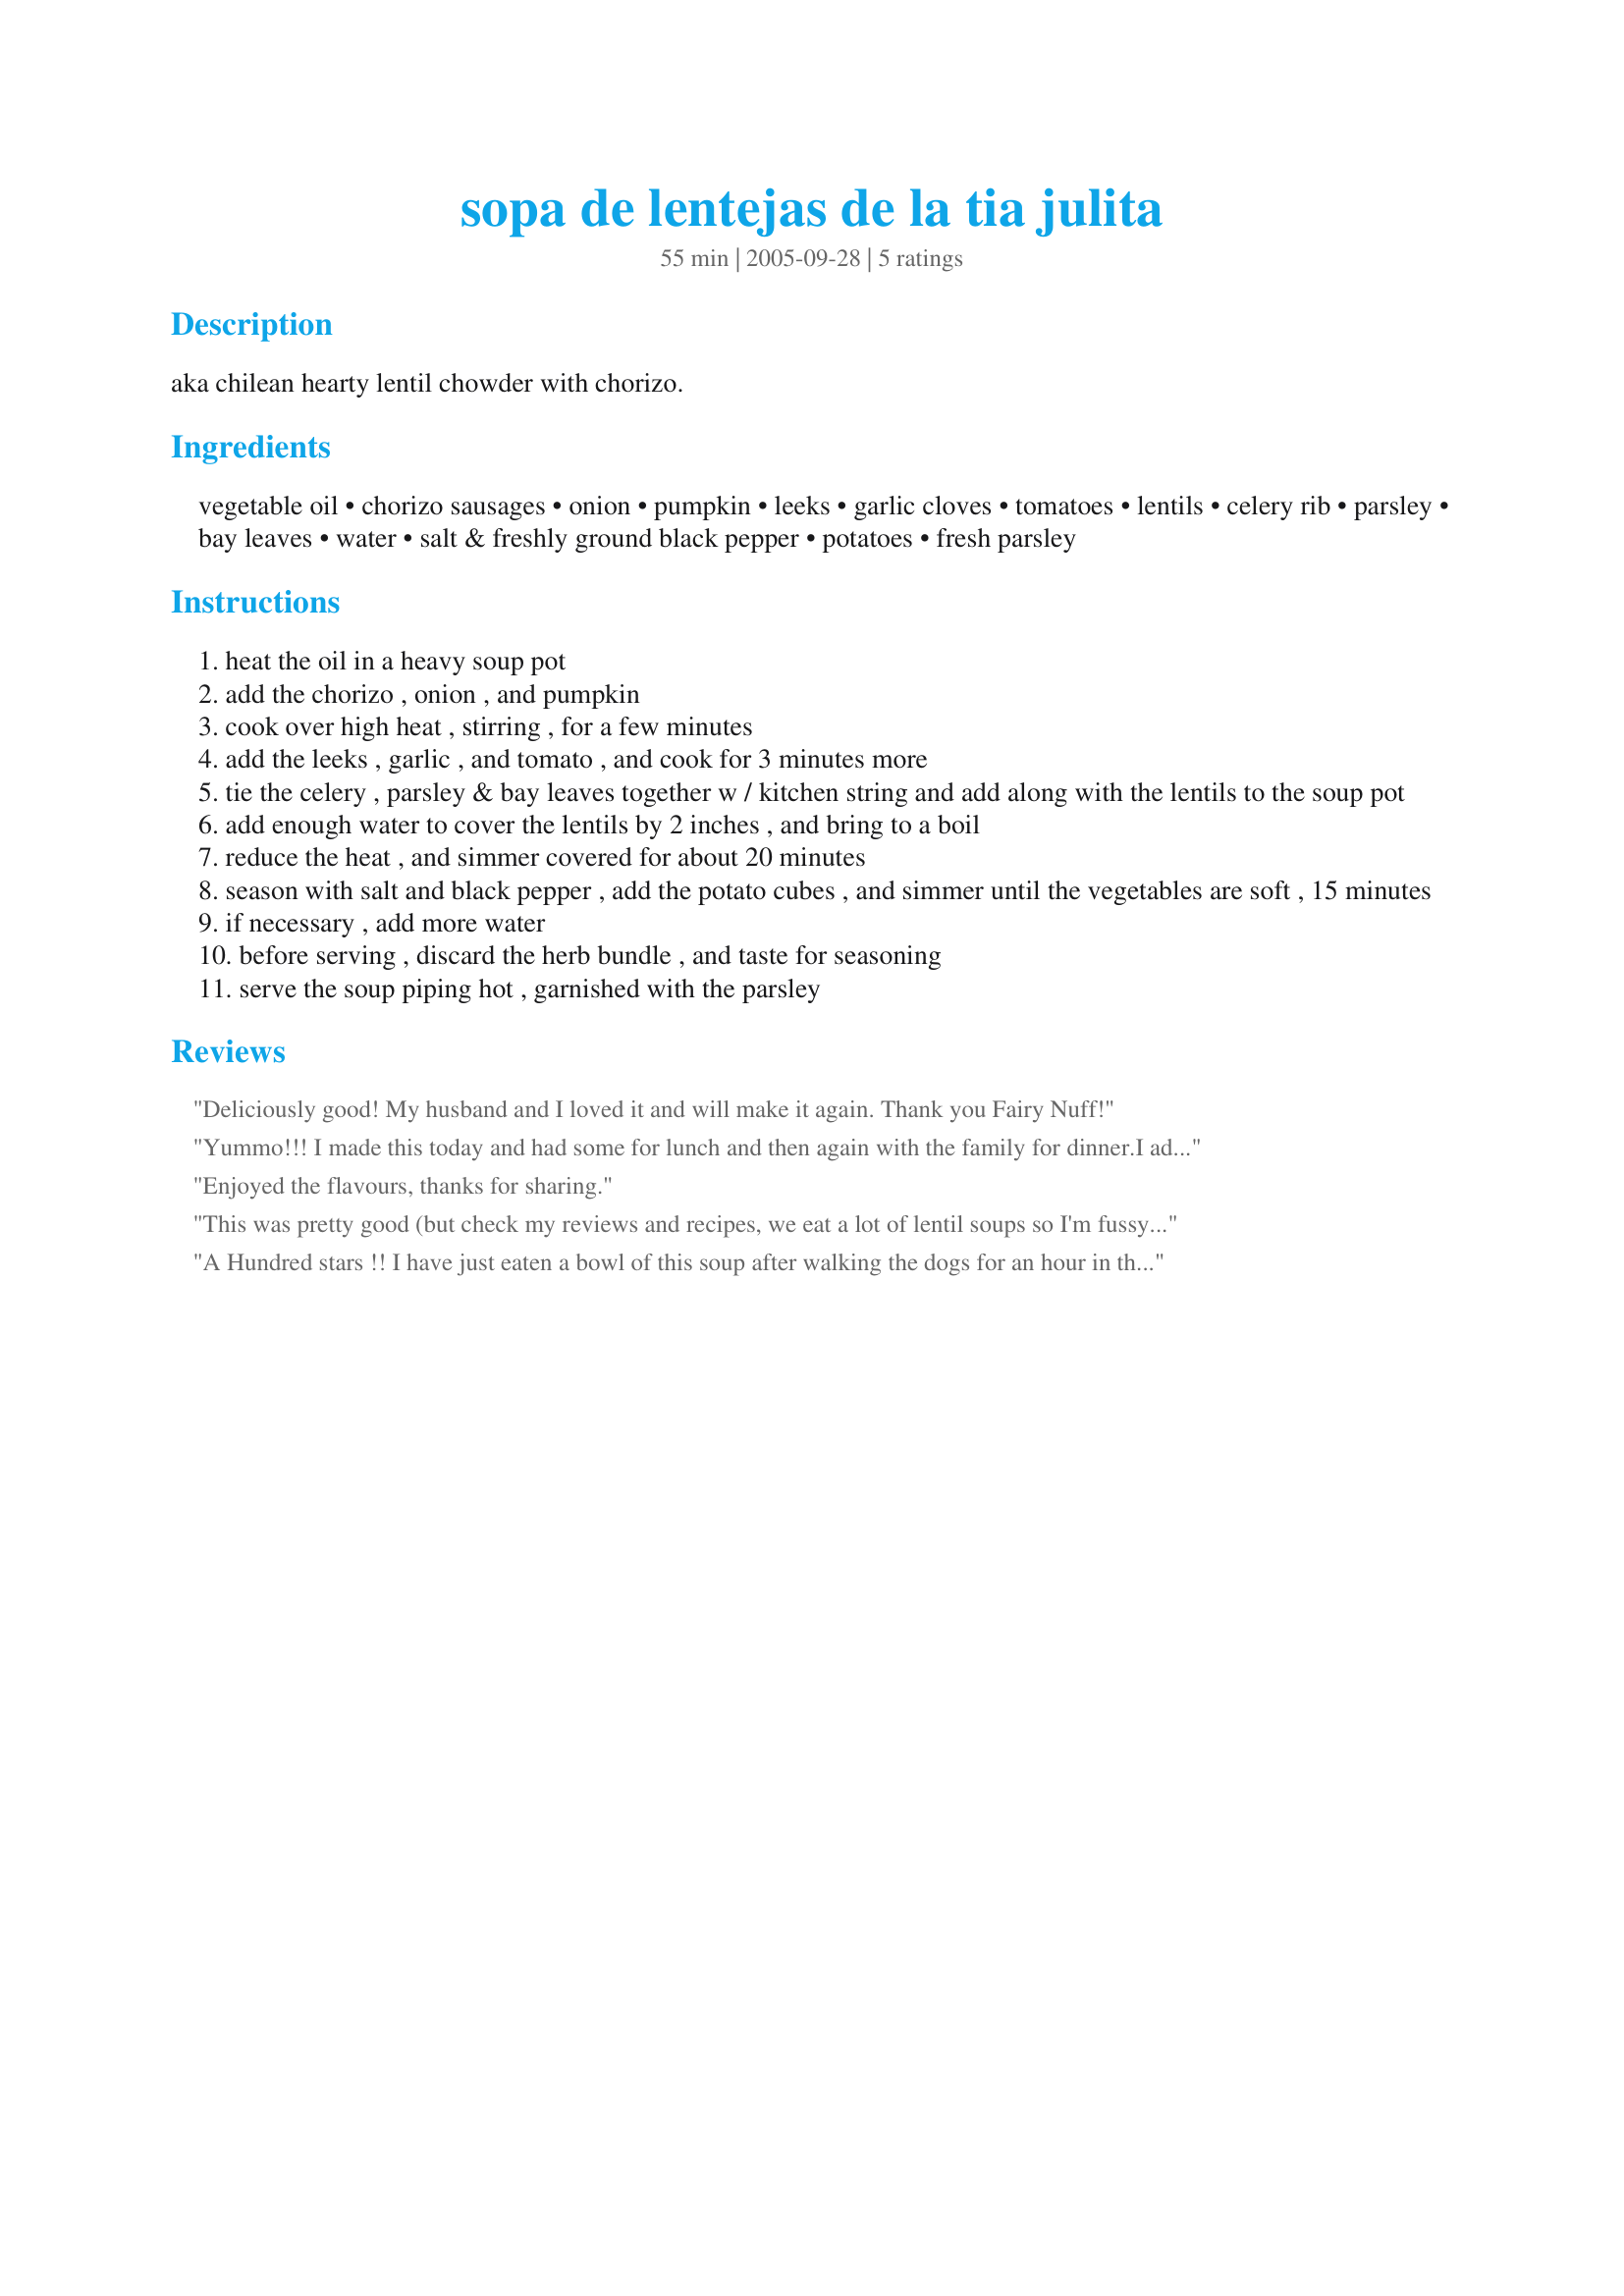
sopa de lentejas de la tia julita
Preparation time: 55 minutes

aka chilean hearty lentil chowder with chorizo.

Ingredients:
vegetable oil, chorizo sausages, onion, pumpkin, leeks, garlic cloves, tomatoes, lentils, celery rib, parsley, bay leaves, water, salt & freshly ground black pepper, potatoes, fresh parsley

Steps:
heat the oil in a heavy soup pot
add the chorizo , onion , and pumpkin
cook over high heat , stirring , for a few minutes
add the leeks , garlic , and tomato , and cook for 3 minutes more
tie the celery , parsley & bay leaves together w / kitchen string and add along with the lentils to the soup pot
add enough water to cover the lentils by 2 inches , and bring to a boil
reduce the heat , and simmer covered for about 20 minutes
season with salt and black pepper , add the potato cubes , and simmer until the vegetables are soft , 15 minutes
if necessary , add more water
before serving , discard the herb bundle , and taste for seasoning
serve the soup piping hot , garnished with the parsley

Reviews:
Deliciously good! My husband and I loved it and will make it again.
Thank you Fairy Nuff!
Yummo!!! I made this today and had some for lunch and then again with the family for dinner.I added a can of chopped, peeled tomatoes rather than the fresh tomato and I used a mixture of red and yellow lentils. The chowder was rich and delicious. My youngest said that this stuff rocks and I agree!!! Thanks Bethie!!
Enjoyed the flavours, thanks for sharing.
This was pretty good (but check my reviews and recipes, we eat a lot of lentil soups so I'm fussy). I made this for our lunch and rather than the aromatics (celery, baby leaves parsley) and water, I used some of my home made chciken stock. I'm glad I did because I think the soup might have lacked enough flavour for us otherwise. I loved the fact it contained so many vegies,but if I made it again, I'd up the tomato (just a personal preferance). Thanks for posting.
A Hundred stars !! I have just eaten a bowl of this soup after walking the dogs for an hour in the cold, silent fog. Thank goodness I had made this earlier so it had time to sit and meld !! I doubled the potato as I had no pumpkin and also doubled the tomatoes as per another reviewers suggestion, also I stirred through home grown basil. Fab Fab Fab !!
